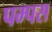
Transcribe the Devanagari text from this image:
पम्पस